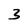
Character: 3